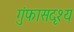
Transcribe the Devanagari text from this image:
गुंफासदृश्य